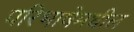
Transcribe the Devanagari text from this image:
परिभाषेमधील